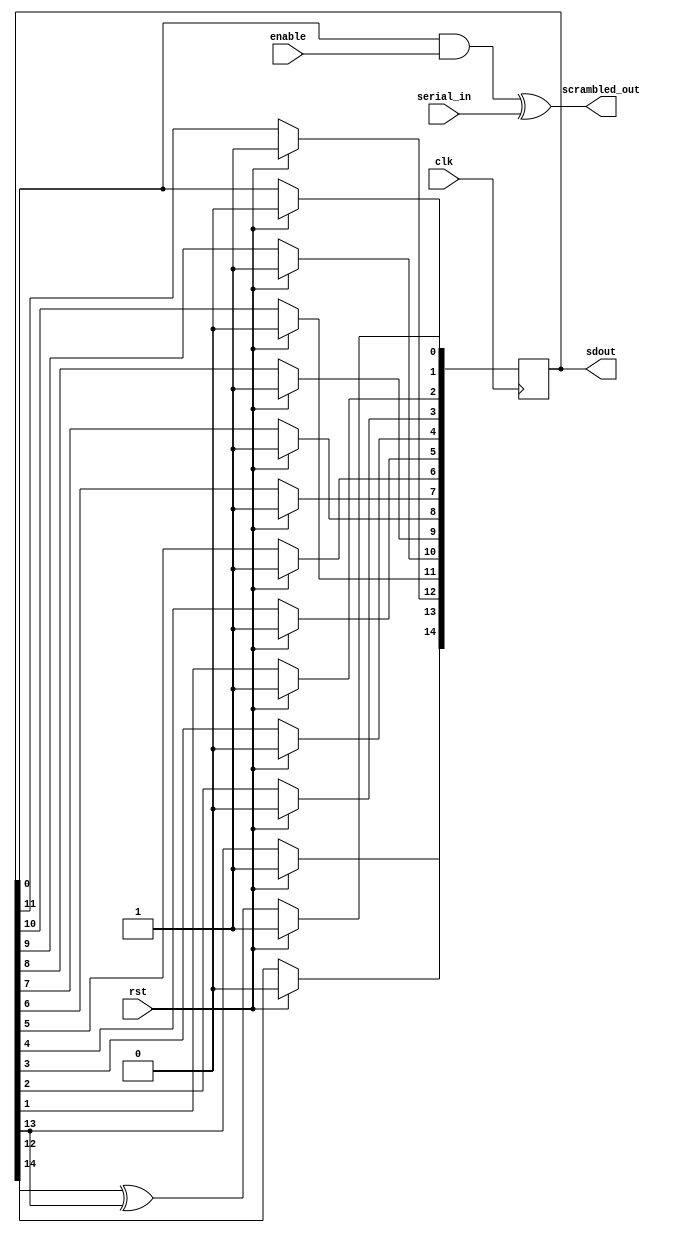
`timescale 1ns / 1ps
//////////////////////////////////////////////////////////////////////////////////
// Company: 
// Engineer: 
// 
// Design Name: 
// Module Name: new_scrambler
// Project Name: 
// Target Devices: 
// Tool Versions: 
// Description: 
// 
// Dependencies: 
// 
// Revision:
// Revision 0.01 - File Created
// Additional Comments:
// 
//////////////////////////////////////////////////////////////////////////////////


module new_scrambler(
    input clk,
    input rst,
    input enable,
    input serial_in,
    output scrambled_out,
    output reg [14:0] sdout
    
);
 wire AND_OUT;
    

    always@ (posedge clk ) 
        begin
        if (rst ) 
          begin
          sdout<=15'b1010_1111_1100_101;
          end  
        else 
        begin
            sdout[0] <= sdout[14] ^ sdout[13]; 
            sdout[1] <= sdout[0];
            sdout[2] <= sdout[1];
            sdout[3] <= sdout[2];
            sdout[4] <= sdout[3];
            sdout[5] <= sdout[4];
            sdout[6] <= sdout[5];
            sdout[7] <= sdout[6];
            sdout[8] <= sdout[7];
            sdout[9] <= sdout[8];
            sdout[10] <= sdout[9];
            sdout[11] <= sdout[10];
            sdout[12] <= sdout[11];
            sdout[13] <= sdout[12];
            sdout[14] <= sdout[13];
        
        end
             
        end
        assign AND_OUT = sdout[0] & enable;
        assign scrambled_out = AND_OUT ^ serial_in;
endmodule